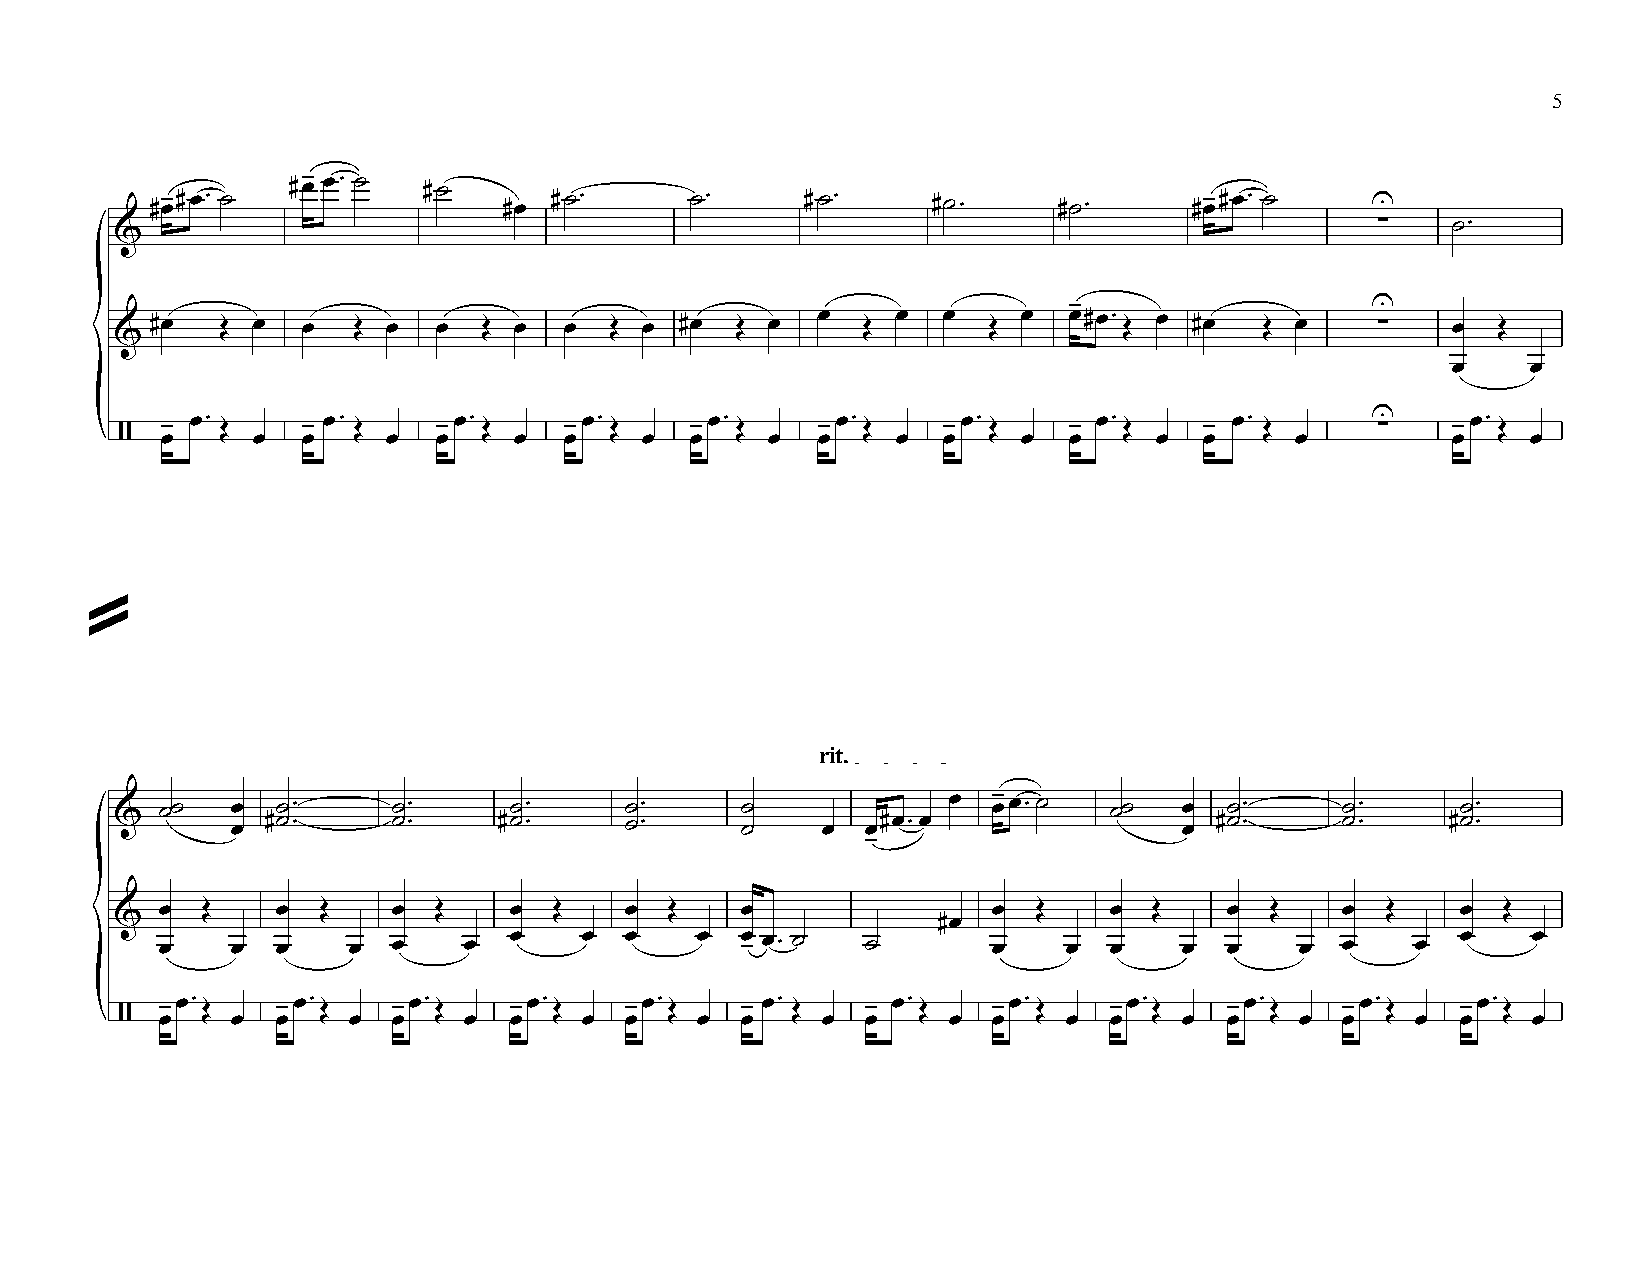
5
 #œ-œ™ ˙
 #˙
 #œ-#œ™ ˙               #œ #˙™       ˙™     #˙™      #˙ ™    #˙™      #œ-#œ™ ˙    U
 &
 ∑    ˙™
 -                   U
 #œ   Œ œ  œ  Œ  œ  œ  Œ œ  œ  Œ œ  #œ  Œ œ  œ  Œ œ  œ  Œ  œ  œ#œ™Œ œ #œ   Œ œ    ∑    œ  Œ
 &
 œ    œ
 - œ™ Œ   -œ™ Œ    -œ™Œ    -œ™Œ     -œ™Œ    -œ™Œ    -œ™Œ     - œ™Œ    - œ™ Œ     U ∑  -œ™Œ
 {/   œ     œ  œ     œ  œ    œ  œ    œ   œ    œ  œ    œ  œ     œ  œ    œ   œ     œ         œ    œ
 =
 rit.
 &  ˙˙  œœ #˙˙ ™™  ˙˙ ™™  #˙˙ ™™  ˙˙ ™™   ˙˙
 œ
 œ#œ ™œ œ œ- œ ™˙ ˙˙  œœ #˙˙ ™™  ˙˙ ™™  #˙˙ ™™
 -
 œ Œ    œ  Œ    œ  Œ    œ  Œ   œ  Œ    œ                œ  Œ   œ  Œ    œ  Œ    œ  Œ    œ Œ
 &                                                     #œ
 œ   œ  œ    œ  œ    œ  œ    œ œ    œ  œ -œ ™ ˙ ˙       œ    œ œ    œ  œ    œ  œ    œ  œ   œ
 -œ™Œ   -œ™Œ    -œ™Œ    -œ™Œ   -œ™Œ    -œ™ Œ   - œ™Œ    -œ™Œ   -œ™Œ    -œ™Œ    -œ™Œ    -œ™Œ
 {/   œ   œ  œ    œ  œ    œ  œ    œ œ    œ  œ    œ  œ     œ  œ    œ œ    œ  œ    œ  œ    œ  œ   œ